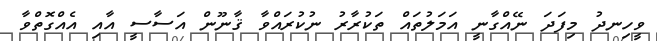
ވީހިނދު މިފަދަ ނޭއްގާނީ އަމަލުތައް ތަކުރާރު ނުކުރައްވާ ޤާނޫން އަސާސީ އާއި އެއްގޮތްވާ